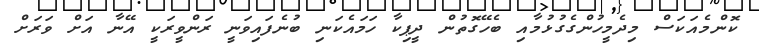
ކޮންމެއަކަސް މިދެމީހުންގެގުޅުމާއި ބެހޭގޮތުން ދީޕިކާ ހަމައެކަނި ބުނެފައިވަނީ ރަންވީރަކީ އޭނާ އަށް ވަރަށް